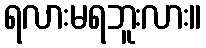
ရလားမရဘူးလား။